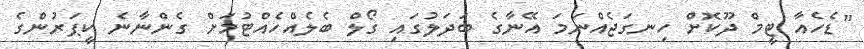
"ޑެހެއާ ޓީމް ދޫކޮށް ހިނގަޖެއްނަމަ އޭނާގެ ބަދަލުގައި ގޯލް ބެލެއްހެއްޓުމަށް ގެންނާނެ ކީޕަރުންގެ